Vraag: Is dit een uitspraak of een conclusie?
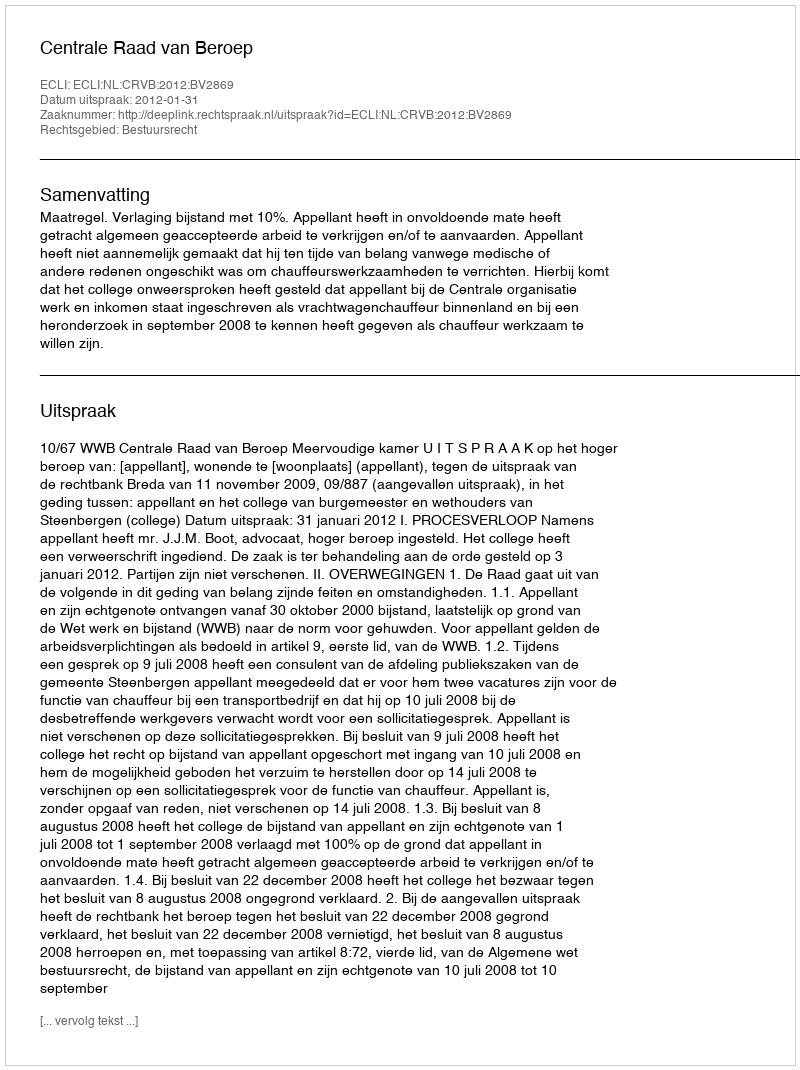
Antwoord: Uitspraak